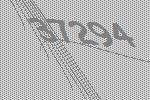
37294